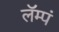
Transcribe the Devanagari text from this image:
लॅम्पं